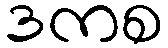
ဒကစ